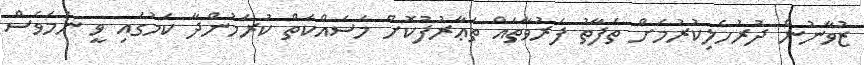
ޒުވާނުން ދުރުހެލިކުރުމަށް ތަފާތު ފަރުވާތައް ތަޢާރުފުކޮށް މަސައްކަތް ކުރަމުންދާ ކަމުގައި ވީ ނަމަވެސް